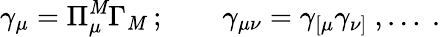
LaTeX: \gamma_{\mu}=\Pi_{\mu}^{\mathit{M}}\Gamma_{\mathit{M}}\ ;\qquad\gamma_{\mu\nu}=\gamma_{[\mu}\gamma_{\nu]}\ ,\ldots\ .